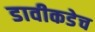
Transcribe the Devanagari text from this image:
डावीकडेच